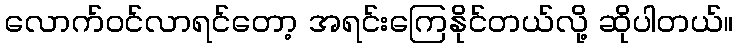
လောက်ဝင်လာရင်တော့ အရင်းကြေနိုင်တယ်လို့ ဆိုပါတယ်။